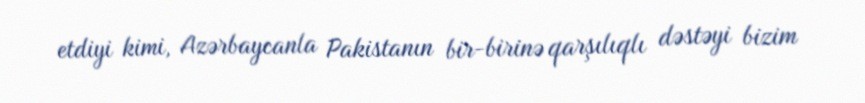
etdiyi kimi, Azərbaycanla Pakistanın bir-birinə qarşılıqlı dəstəyi bizim